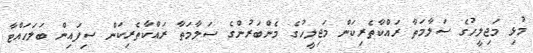
މުޅި މަޖިލީހުގެ ސަލާމަތާ ރައްކާތެރިކަން މަޖިލީހުގެ މެންބަރުންގެ ސަލާމަތާ ރައްކާތެރިކަން ސިފައިން ބަލަހައްޓާ